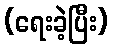
(ရေးခဲ့ပြီး)